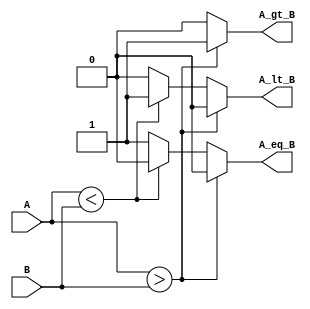
module comparator_4bit (
    input wire [3:0] A,
    input wire [3:0] B,
    output reg A_gt_B,
    output reg A_lt_B,
    output reg A_eq_B
);

    always @(*) begin
        if (A > B) begin
            A_gt_B = 1;
            A_lt_B = 0;
            A_eq_B = 0;
        end else if (A < B) begin
            A_gt_B = 0;
            A_lt_B = 1;
            A_eq_B = 0;
        end else begin
            A_gt_B = 0;
            A_lt_B = 0;
            A_eq_B = 1;
        end
    end
endmodule